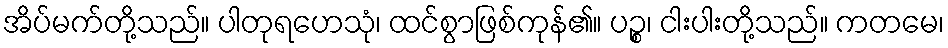
အိပ်မက်တို့သည်။ ပါတုရဟေသုံ၊ ထင်စွာဖြစ်ကုန်၏။ ပဉ္စ၊ ငါးပါးတို့သည်။ ကတမေ၊